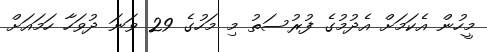
މީހުން އެކަމަށް އެދުމުގެ ފުރުސަތު މި މަހުގެ 29 ވަނަ ދުވަހާ ހަމައަށް